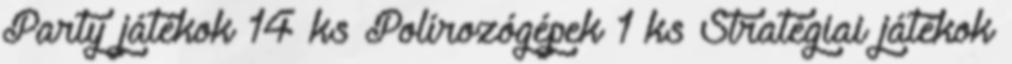
Party játékok 14 ks Polírozógépek 1 ks Stratégiai játékok